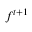
f ^ { t + 1 }